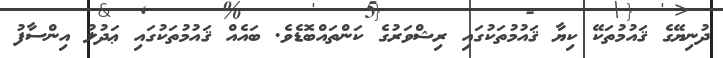
ދުނިޔޭގެ ޤައުމުތަކޭ ކިޔާ ޤައުމުތަކުގައި ރިޝްވަރުގެ ކަންތައްބޮޑެވެ. ބައެއް ޤައުމުތަކުގައި ޢަދުލު އިންސާފު